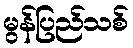
မွန်ပြည်သစ်